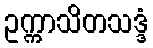
ဥက္ကာသိတသဒ္ဒံ